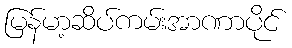
မြန်မာ့ဆိပ်ကမ်းအာဏာပိုင်